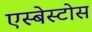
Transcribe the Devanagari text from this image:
एस्बेस्टोस